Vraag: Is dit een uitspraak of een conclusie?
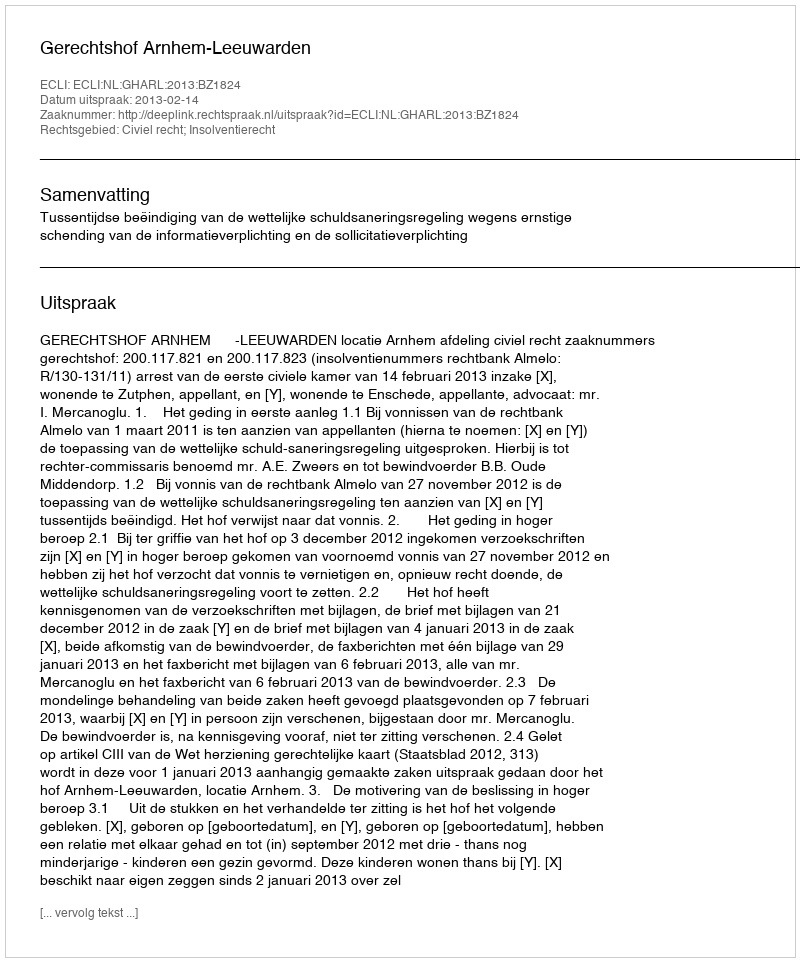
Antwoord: Uitspraak